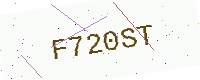
Text: F720ST